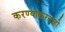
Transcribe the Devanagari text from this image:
करण्याकरताही